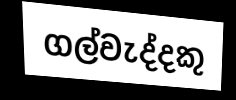
ගල්වැද්දකු